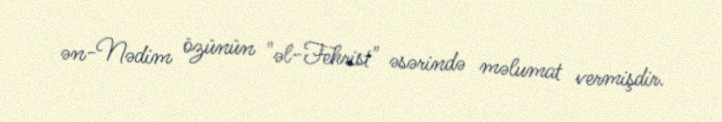
ən-Nədim özünün "əl-Fehrist" əsərində məlumat vermişdir.